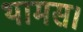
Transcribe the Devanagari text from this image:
थामस।